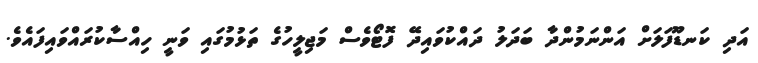
އަދި ކަނޑޫފަލަށް އަންނަމުންދާ ބަދަލު ދައްކުވައިދޭ ފޮޓޯވެސް މަޖިލީހުގެ ތަޅުމުގައި ވަނީ ހިއްސާކުރައްވައިިފައެވެ.